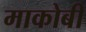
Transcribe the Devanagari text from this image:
माकोबी